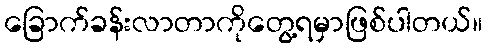
ခြောက်ခန်းလာတာကိုတွေ့ရမှာဖြစ်ပါတယ်။